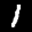
Label: 1